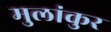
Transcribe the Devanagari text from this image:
मुलांकुर